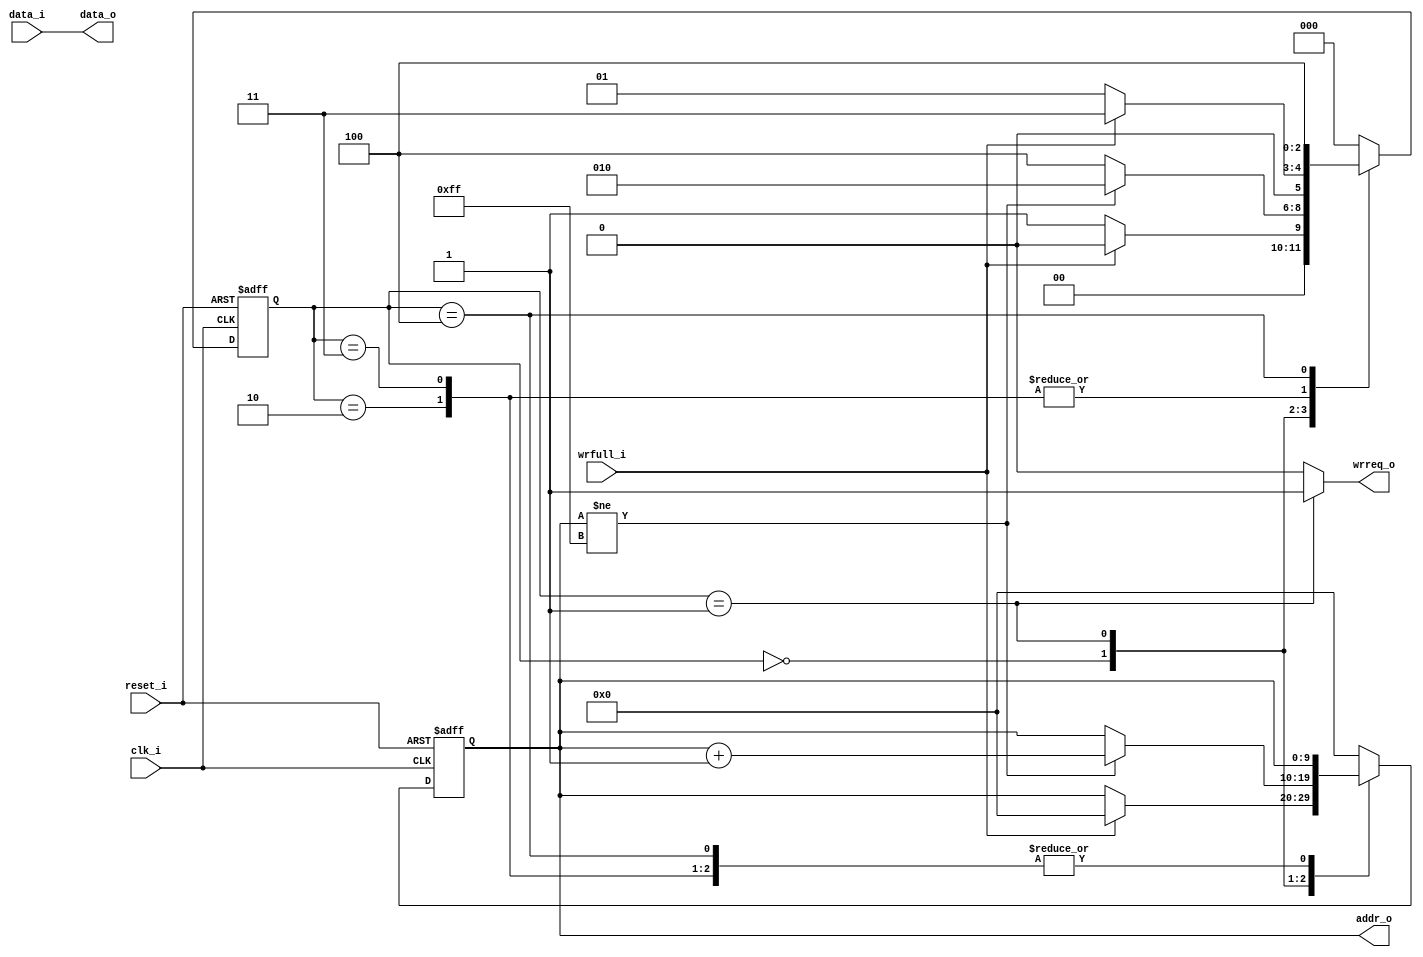
`timescale 1 ps / 1 ps

module write_control_logic
(
	input clk_i, reset_i, wrfull_i,
	input [31:0] data_i,
	output reg wrreq_o,
	output reg [9:0] addr_o,
	output [31:0] data_o
);
	
	reg	[2:0] state;

	// Declare states
	parameter IDLE = 0, WRITE = 1, INCADR = 2, WAIT= 3, DONE = 4;
	
	assign data_o = data_i;
	
	always @ (state) begin
		case (state)
			IDLE:
			begin
				wrreq_o = 1'b0;
			end
			WRITE:
			begin
				wrreq_o = 1'b1;
			end
			INCADR:
			begin	
				wrreq_o = 1'b0;
			end
			WAIT:
			begin
				wrreq_o = 1'b0;
			end			
			DONE:
			begin
				wrreq_o = 1'b0;
			end
			default:
			begin
				wrreq_o = 1'b0;
			end
		endcase
	end

	always @ (posedge clk_i or posedge reset_i) begin
		if (reset_i)
		begin	
			state <= IDLE;
			addr_o <= 8'h00;
		end
		else
			case (state)
				IDLE:
				begin
					if(!wrfull_i)
						state <= WRITE;
					else	
					begin
						state <= IDLE;			
						addr_o <= 8'h00;
					end
				end
				WRITE:
				begin
					if(addr_o!= 8'hff)
					begin	
						state <= INCADR;
						addr_o <= addr_o + 8'h01;
					end
					else
						state <= DONE;
				end
				INCADR:
				begin
					if(!wrfull_i)
						state <= WRITE;
					else
						state <= WAIT;
				end
				WAIT:
				begin
					if(!wrfull_i)
						state <= WRITE;
					else
						state <= WAIT;
				end
				DONE:
					state <= DONE;
				default:
				begin
					state <= IDLE;
					addr_o <= 8'h00;
				end	
			endcase
		end
endmodule